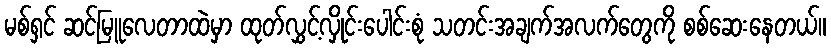
မစ်ရှင် ဆင်မြူလေတာထဲမှာ ထုတ်လွှင့်လှိုင်းပေါင်းစုံ သတင်းအချက်အလက်တွေကို စစ်ဆေးနေတယ်။